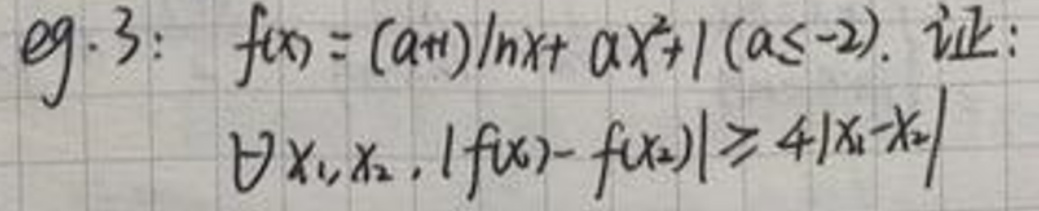
\(eg. 3:&\ f(x)=(a + 1)\ln x+ax^{2}+1\ (a\leq - 2). \)证:\\
\(&\ \forall x_{1},x_{2},\vert f(x_{1})-f(x_{2})\vert\geq4\vert x_{1}-x_{2}\vert\)